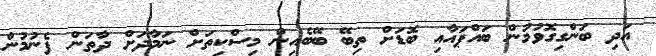
އަދި ބަންގިގޮވުމުން ބައްޕައާއި ބޮޑަށް ތިބޭ ބޭބެއިން މިސްކިތަށް ނަމާދަށް ދާތަން ފެނުމުން